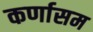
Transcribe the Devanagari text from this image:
कर्णासम